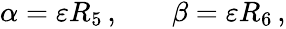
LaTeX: \begin{array}{rlr}{\alpha=\varepsilon R_{5}\, ,}&{{}}&{\beta=\varepsilon R_{6}\, ,}\end{array}